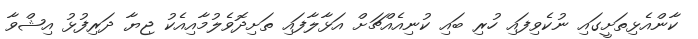
ކާންއެޅިތަށީގައި ނުކެވިފައި ހުރި ބައި ކުނިއެއްޗަށް އަޅާލާފައި ތަށިދޮވެލުމާއިއެކު ޖިޔާ ދަރިފުޅު އިޝްވާ